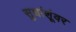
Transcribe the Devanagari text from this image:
सुधांशूंवर